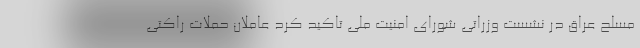
مسلح عراق در نشست وزراتی شورای امنیت ملی تاکید کرد عاملان حملات راکتی